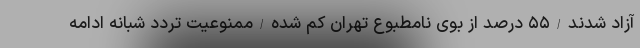
آزاد شدند/۵۵ درصد از بوی نامطبوع تهران کم شده/ممنوعیت تردد شبانه ادامه